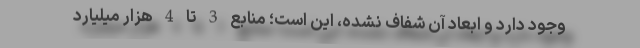
وجود دارد و ابعاد آن شفاف نشده، این است؛ منابع 3 تا 4 هزار میلیارد